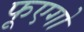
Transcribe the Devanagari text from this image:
फूएगो